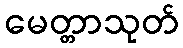
မေတ္တာသုတ်